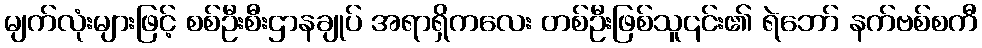
မျက်လုံးများဖြင့် စစ်ဦးစီးဌာနချုပ် အရာရှိကလေး တစ်ဦးဖြစ်သူ၎င်း၏ ရဲဘော် နက်ဗစ်စကီ